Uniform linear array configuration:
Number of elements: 8
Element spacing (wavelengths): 0.5
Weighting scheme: hamming
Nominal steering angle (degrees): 30
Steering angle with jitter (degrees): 28.804
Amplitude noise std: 0.05
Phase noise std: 0.05

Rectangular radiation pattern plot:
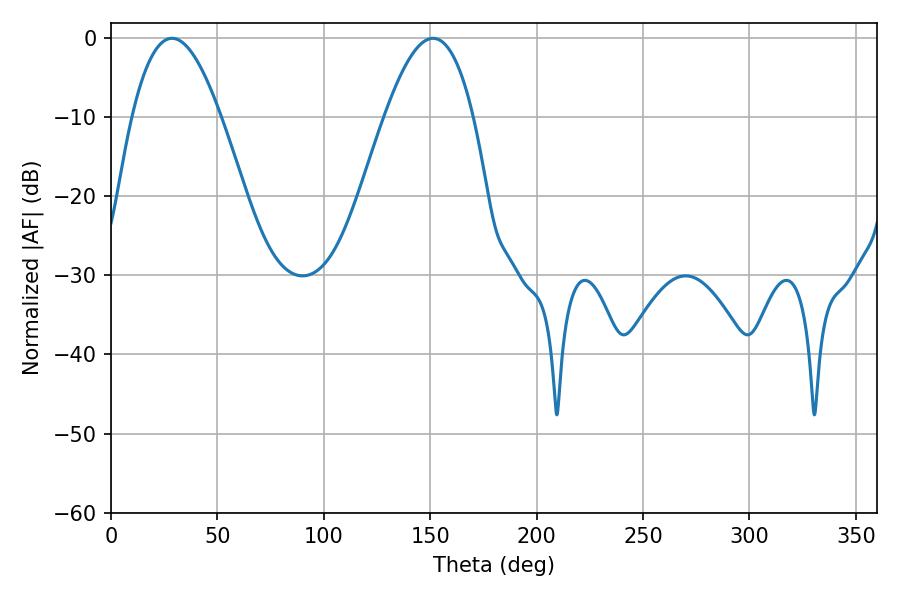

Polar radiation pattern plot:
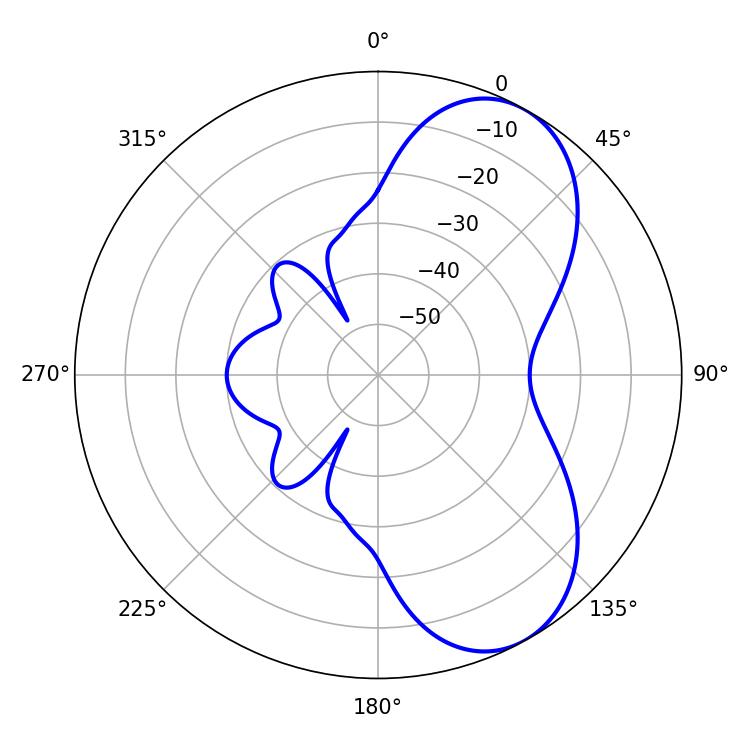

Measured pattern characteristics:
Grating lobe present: FALSE
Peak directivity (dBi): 6.739
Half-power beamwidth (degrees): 22.86
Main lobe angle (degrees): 28.62